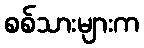
စစ်သားများက